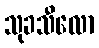
သုခသီလော